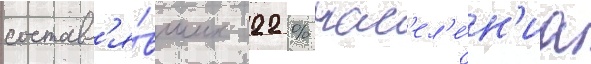
составл'я́вших 22 % нас'ел'е́н'иа